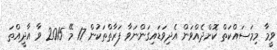
ވީމާ މިމަސައްކަތް ކޮށްދެއްވަން އެދިވަޑައިގަންނަވާ ފަރާތްތަކުން 17 މޭ 2015 ވާ އާދީއްތަ